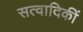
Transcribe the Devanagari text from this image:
सत्वादिकीं